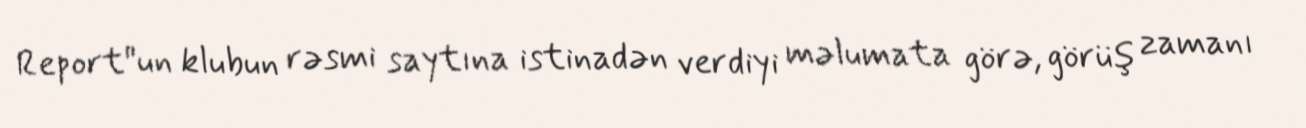
Report"un klubun rəsmi saytına istinadən verdiyi məlumata görə, görüş zamanı